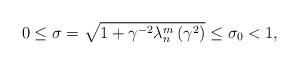
LaTeX: \begin{align*}0\leq\sigma=\sqrt{1+\gamma^{-2}\lambda_{n}^{m}\left( {\gamma^{2}}\right)}\leq\sigma_{0}<1, \end{align*}